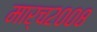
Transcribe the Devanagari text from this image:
मार्च२००८